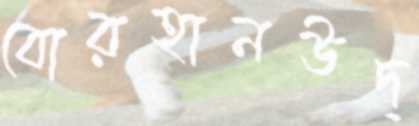
বোরহানউদ্